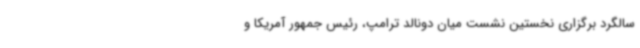
سالگرد برگزاری نخستین نشست میان دونالد ترامپ، رئیس جمهور آمریکا و